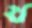
থ